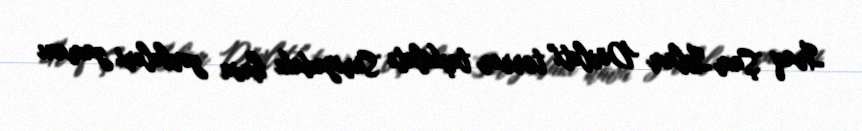
İraq Şam İslam Dövləti" terror təşkilatı Suriyadakı hava zərbələri zamanı